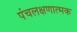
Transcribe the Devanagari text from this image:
पंचलक्षणात्मक